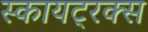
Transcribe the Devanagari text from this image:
स्कायट्रक्स